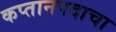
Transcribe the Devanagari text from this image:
कप्तानपदाचा